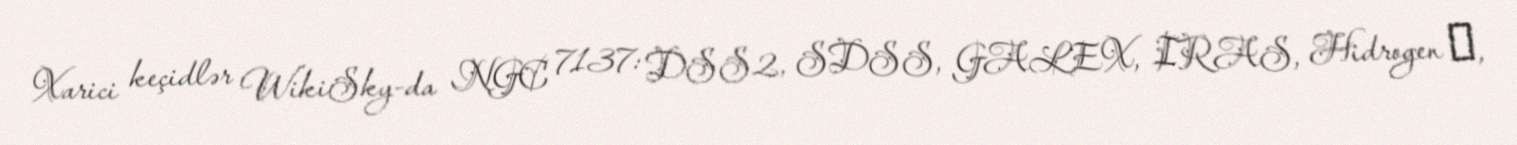
Xarici keçidlər WikiSky-da NGC 7137: DSS2, SDSS, GALEX, IRAS, Hidrogen α,